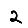
Digit: 2